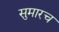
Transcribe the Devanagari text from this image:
सुमारच